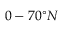
0 - 7 0 ^ { \circ } N